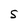
Character: S